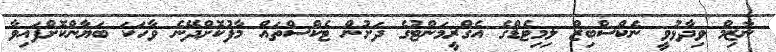
ނާޒިމް ވިދާޅުވީ ނެކްސްބިޒް ލިމިޓެޑްގެ އެގްރީމަންޓުގެ ދަށުން ޓެކްސްތައް މާފުކޮށްދޭނެ ވާހަކަ ބަޔާންކޮށްފައިވާ